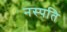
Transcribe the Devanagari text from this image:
नस्पति